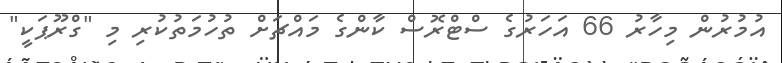
އުމުރުން މިހާރު 66 އަހަރުގެ ސްޓްރޮސް ކާންގެ މައްޗަށް ތުހުމަތުކުރި މި "ގްރޫޕަކީ"